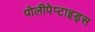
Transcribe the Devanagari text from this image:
पोलीपेप्टाइड्स